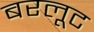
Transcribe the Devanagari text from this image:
बरलूट